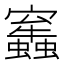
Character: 𧔂